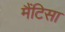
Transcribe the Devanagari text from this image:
मैंटिसा